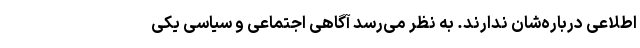
اطلاعی درباره‌شان ندارند. به نظر می‌‌رسد آگاهی اجتماعی و سیاسی یکی